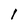
Character: l